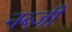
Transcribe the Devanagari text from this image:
नब्ज़ी